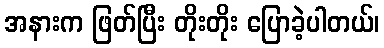
အနားက ဖြတ်ပြီး တိုးတိုး ပြောခဲ့ပါတယ်၊